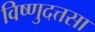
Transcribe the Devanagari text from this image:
विष्णुदत्तसा